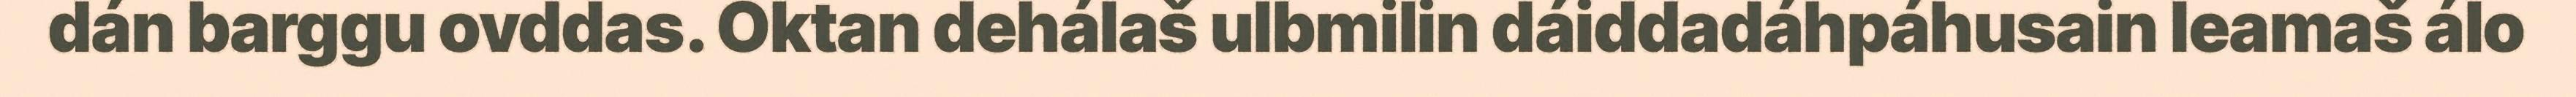
dán barggu ovddas. Oktan dehálaš ulbmilin dáiddadáhpáhusain leamaš álo